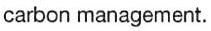
carbon management.